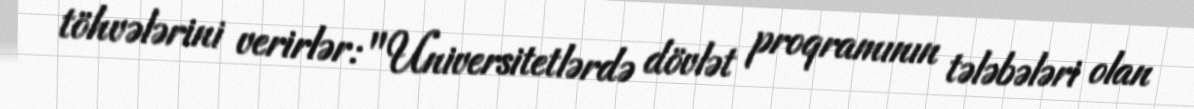
töhvələrini verirlər: "Universitetlərdə dövlət proqramının tələbələri olan